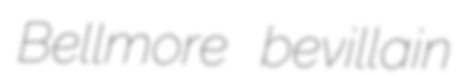
Bellmore bevillain